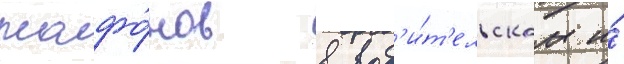
плафо́нов в вод'и́т'ельском и́